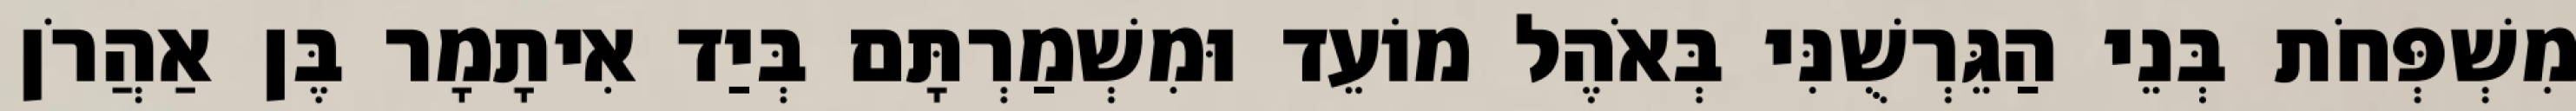
מִשְׁפְּחֹת בְּנֵי הַגֵּרְשֻׁנִּי בְּאֹהֶל מוֹעֵד וּמִשְׁמַרְתָּם בְּיַד אִיתָמָר בֶּן אַהֲרֹן